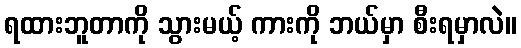
ရထားဘူတာကို သွားမယ့် ကားကို ဘယ်မှာ စီးရမှာလဲ။